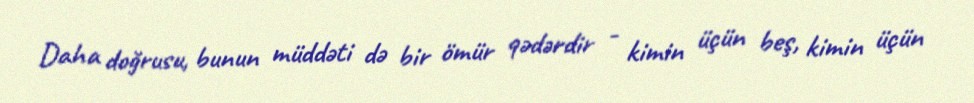
Daha doğrusu, bunun müddəti də bir ömür qədərdir - kimin üçün beş, kimin üçün